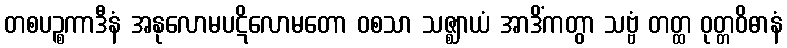
တစပဉ္စကာဒီနံ အနုလောမပဋိလောမတော ဝစသာ သဇ္ဈာယံ အာဒိံကတွာ သဗ္ဗံ တတ္ထ ဝုတ္တဝိဓာနံ